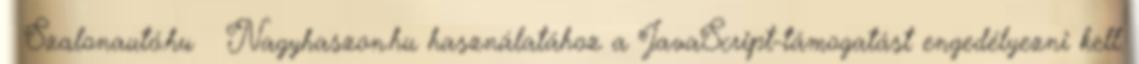
Szalonautó.hu Nagyhaszon.hu használatához a JavaScript-támogatást engedélyezni kell.